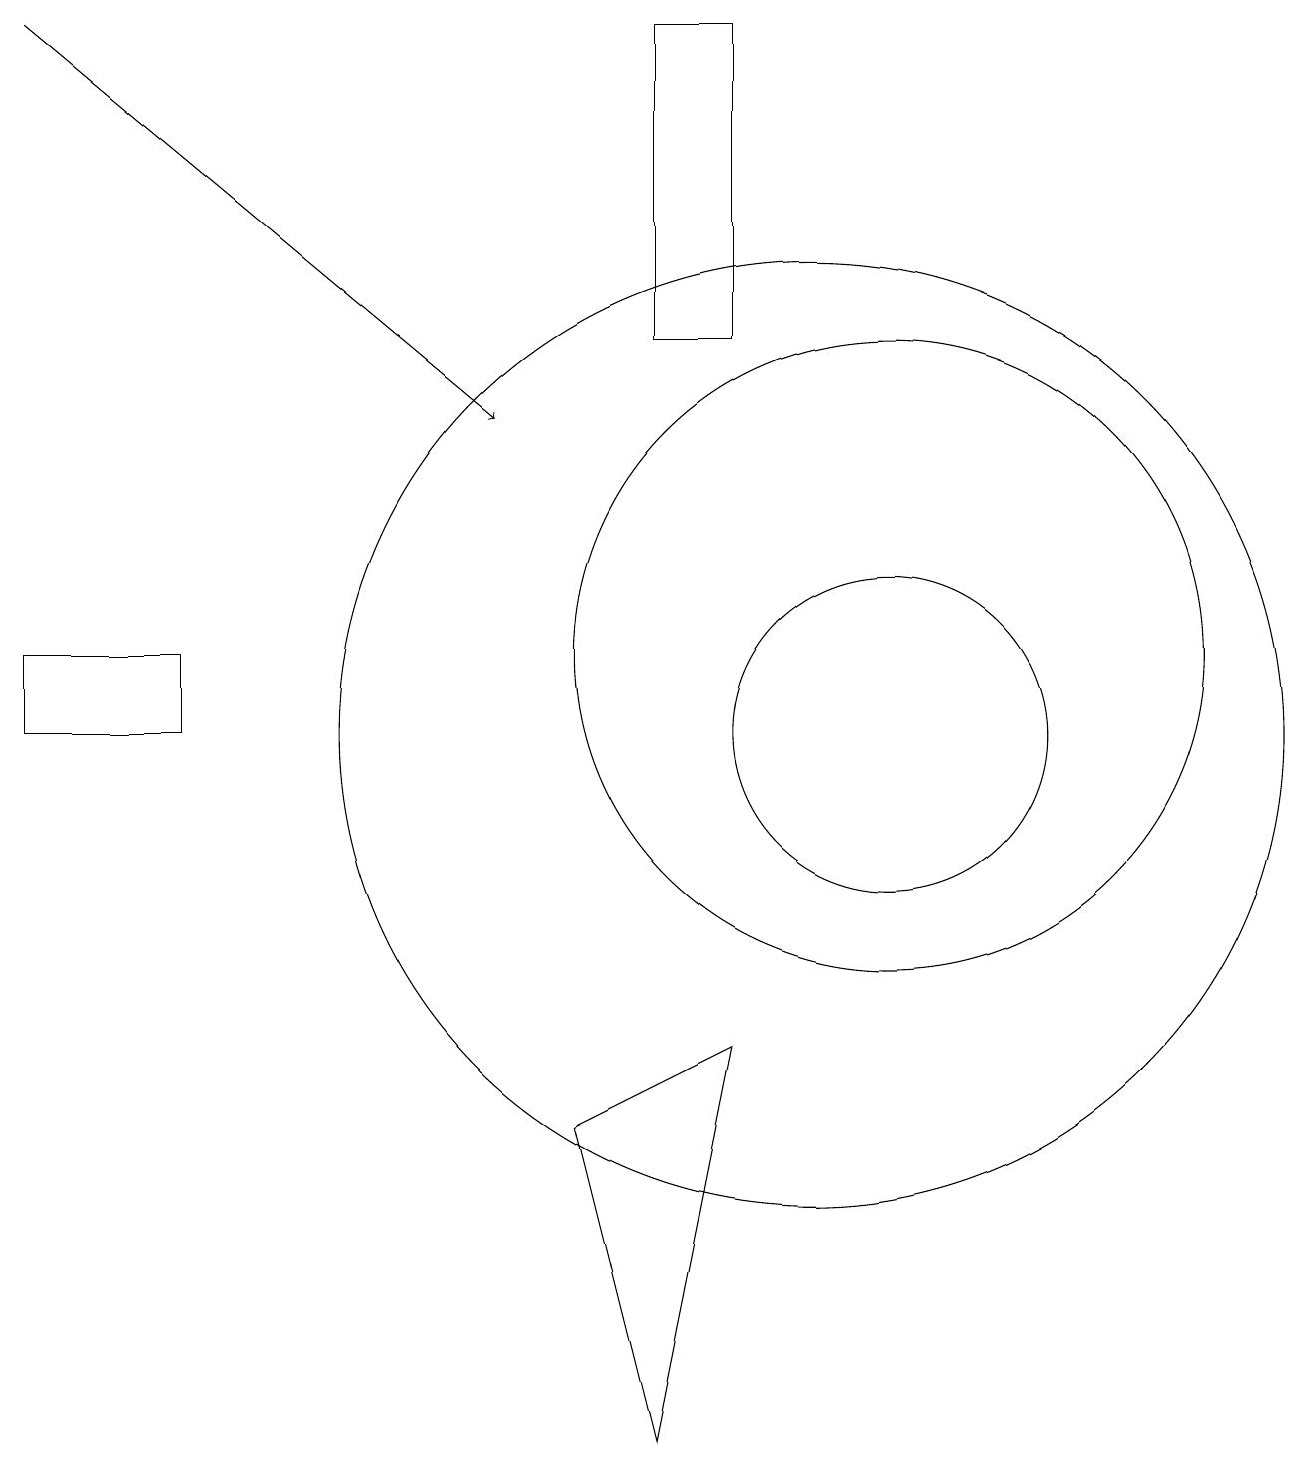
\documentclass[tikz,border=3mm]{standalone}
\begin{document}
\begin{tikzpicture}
\draw (2,10) rectangle (0,11);
\draw (11,11) circle (4);
\draw (10,10) circle (6);
\draw (11,10) circle (2);
\draw (9,15) rectangle (8,19);
\draw (8,1) -- (9,6) -- (7,5) -- cycle;
\draw[->] (0,19) -- (6,14);
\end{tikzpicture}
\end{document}